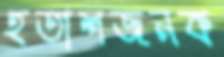
হতাশজনক